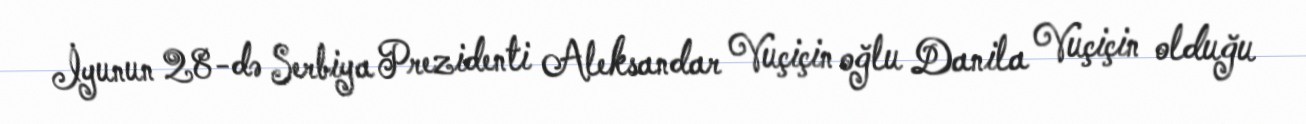
İyunun 28-də Serbiya Prezidenti Aleksandar Vuçiçin oğlu Danila Vuçiçin olduğu